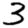
Digit: 3